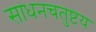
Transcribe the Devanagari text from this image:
साधनचतुष्टय